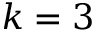
k = 3